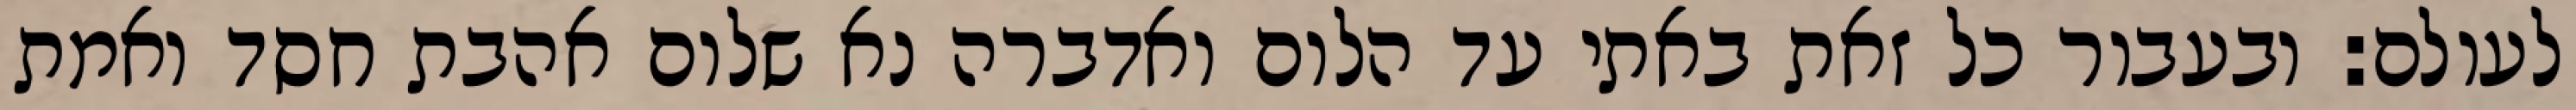
לעולם: ובעבור כל זאת באתי עד הלום ואדברה נא שלום אהבת חסד ואמת